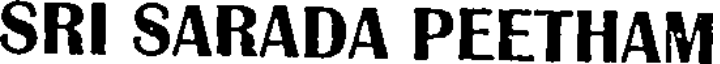
SRI SARADA PEETHAM